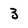
Character: 3